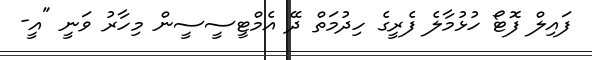
ފައިލް ފޮޓޯ ހުޅުމާލެ ފެރީގެ ހިދުމަތް ދޭ އެމްޓީސީސީން މިހާރު ވަނީ "އީ-